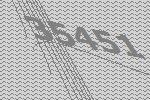
35451